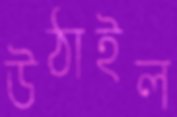
উঠাইল